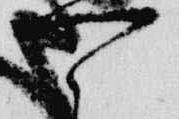
可